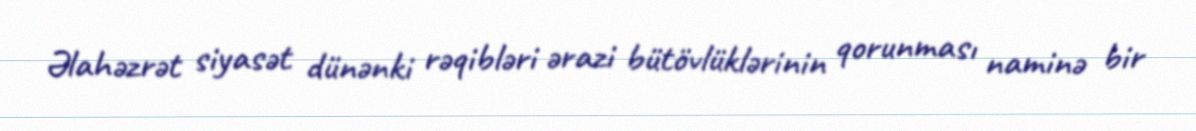
Əlahəzrət siyasət dünənki rəqibləri ərazi bütövlüklərinin qorunması naminə bir